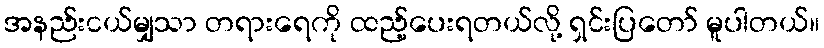
အနည်းငယ်မျှသာ တရားရေကို ထည့်ပေးရတယ်လို့ ရှင်းပြတော် မူပါတယ်။